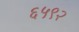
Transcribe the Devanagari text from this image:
६५९२